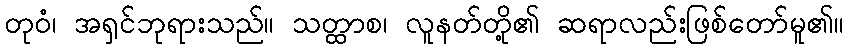
တုဝံ၊ အရှင်ဘုရားသည်။ သတ္ထာစ၊ လူနတ်တို့၏ ဆရာလည်းဖြစ်တော်မူ၏။